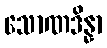
သောဏဒိန္နာ